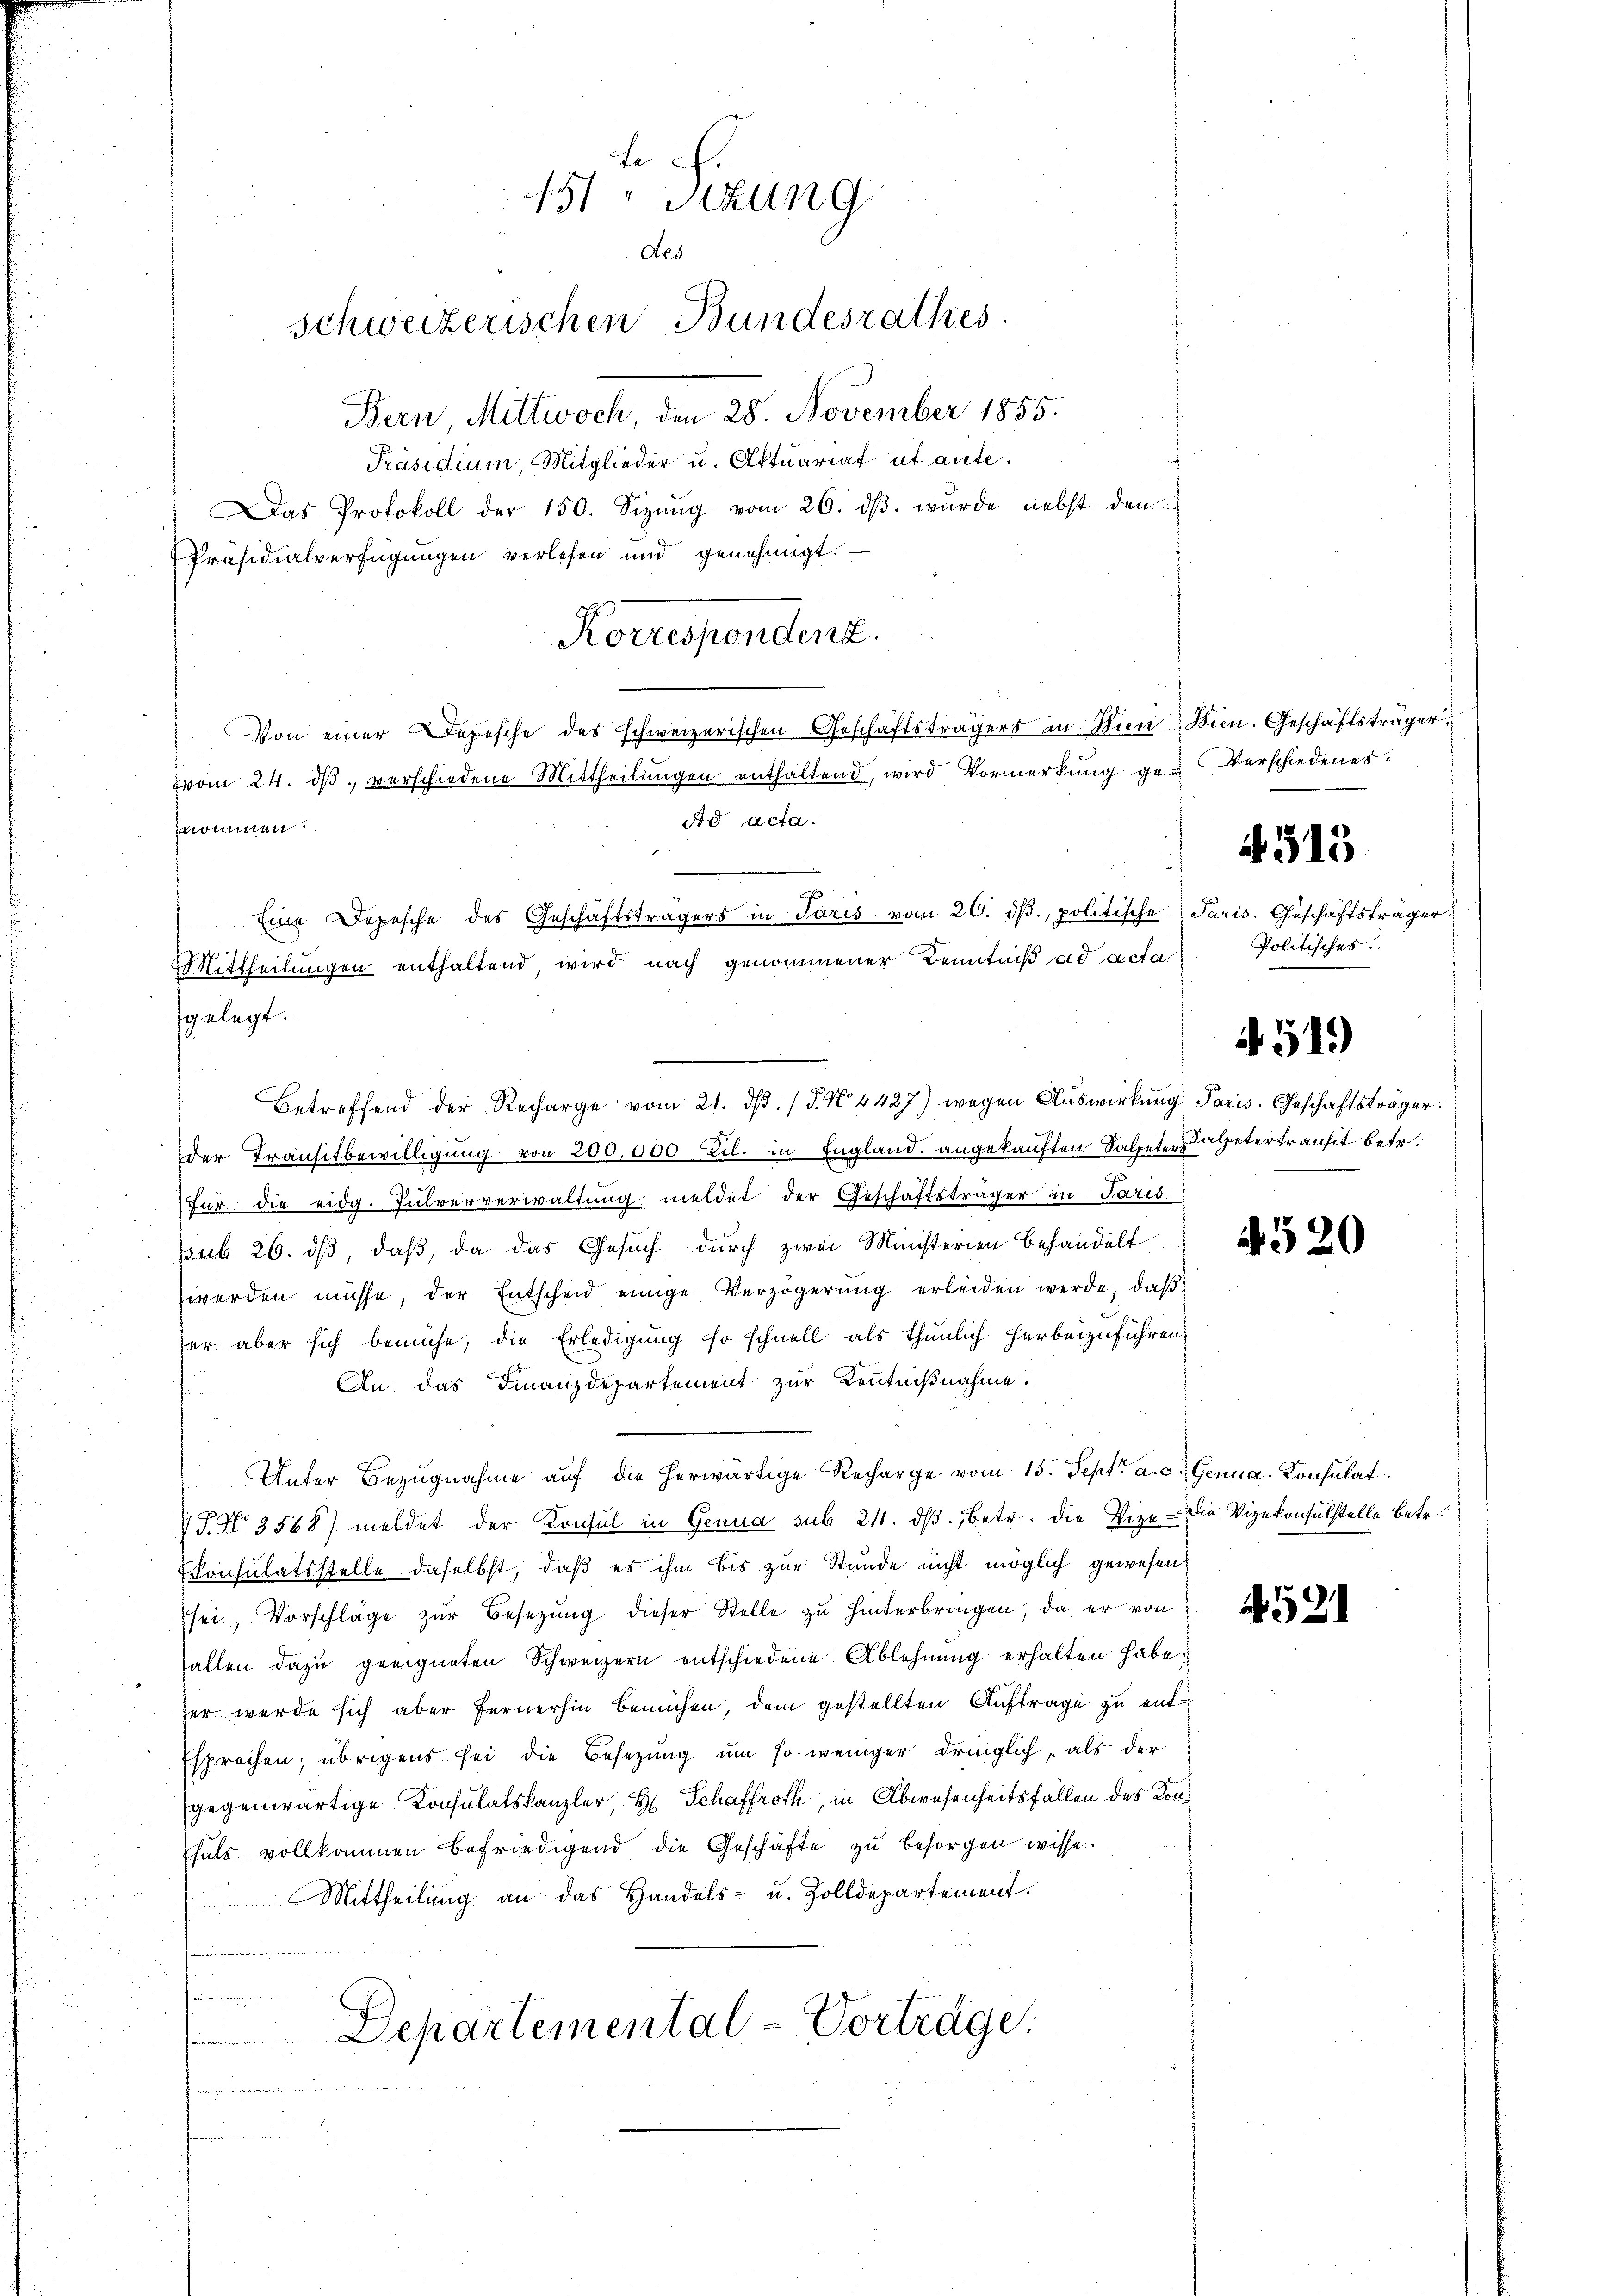
Bern, Mittwoch, den 28. November 1855.
Präsidium, Mitglieder u. Aktuariat et aufe¬
Präsidialverfügungen verlesen und genehmigt.
Korrespendent.

der Transitbewilligung von 200,000 Zil. in England. angekauften Salpetersalpetertransit betr.
für die eidg. Pulververwaltŭng meldet der Geschäftsträger in Paris
psub 26. ds, daß, da das Gesuch durch zwei Ministerien behandelt
zwerden müsse, der Entscheid einige Verzögerŭng erleiden werde, daβ
ser aber sich bemühe, die Erledigung so schnell als thunlich herbeizuführen.
An das Finanzdepartement zur Kenntnißnahme.

Unter Bezugnahme auf die herwärtige Recharge vom 15. Sept. a. c. Genua, Konsulat
V S. No. 3568) meldet der Konsul in Genua sub 24. dβ, betr. die Vize- die Vizekonsulstelle betr.
Consulatsstelle daselbst, daß es ihm bis zur Stunde nicht möglich gewesen:
sei, Vorschläge zŭr Besetzŭng dieser Stelle zu hinterbringen, da er von
halten dazu geeigneten Schweizern entschiedene Ablehnung erhalten habe.
ser werde sich aber fernerhin Bemühen, dem gestellten Auftrage zu ent¬
Esprechen; übrigens sei die Besetzung um so weniger dringlich, als der
gegenwärtige Konsulatskanzler, H. Schaffroth, in Abwesenheitsfällen des Konhals vollkommen befriedigend die Geschäfte zu besorgen wisse.
Mittheilŭng an das Handels- u. Zolldepartement.
g
Departemental-Vortrage:
pi ein erweilt werde momen
n

nommen.

te .
151 u. Sizung
des
schweizerischen Bundesrathes.

Von einer Depesche des schweizerischen Geschäftsträgers in Wien Wien. Geschäftsträger
vom 24. dβ verschiedene Mittheilungen enthaltend, wird Vormerkung ge-Verschiedenes
Ad acta.
r
Eine Depesche des Geschäftsträgers in Paris vom 26. dβ. politische Paris. Geschäftsträger

Mittheilungen enthaltend, wird nach genommener Kenntniß ad acta
gelegt.
Betreffend der Recharge vom 21. dβ. / P. N. 4427) wegen Auswirkung Paris. Geschäftsträger.

Das Protokoll der 150. Sizŭng vom 26. dβ. wurde nebst den

Politisches.

4515

4519)

4520

4521